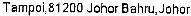
TAMPOI,81200 JOHOR BAHRU,JOHOR